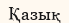
Қазық